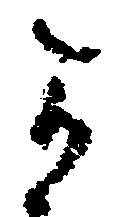
可